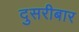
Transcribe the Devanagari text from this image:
दुसरीबार